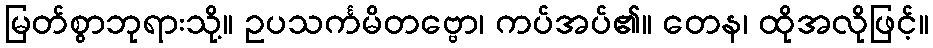
မြတ်စွာဘုရားသို့။ ဥပသင်္ကမိတဗ္ဗော၊ ကပ်အပ်၏။ တေန၊ ထိုအလိုဖြင့်။